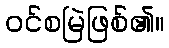
ဝင်စမြဲဖြစ်၏။